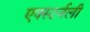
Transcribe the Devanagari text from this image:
एक्स्टर्नली